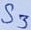
Text: S3